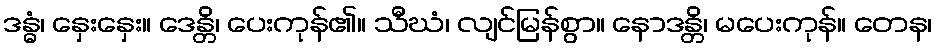
ဒန္ဓံ၊ နှေးနှေး။ ဒေန္တိ၊ ပေးကုန်၏။ သီဃံ၊ လျင်မြန်စွာ။ နောဒန္တိ၊ မပေးကုန်။ တေန၊